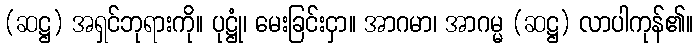
(ဆဋ္ဌ) အရှင်ဘုရားကို။ ပုဋ္ဌုံ၊ မေးခြင်းငှာ။ အာဂမာ၊ အာဂမ္မ (ဆဋ္ဌ) လာပါကုန်၏။